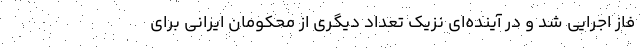
فاز اجرایی شد و در آینده‌ای نزیک تعداد دیگری از محکومان ایرانی برای